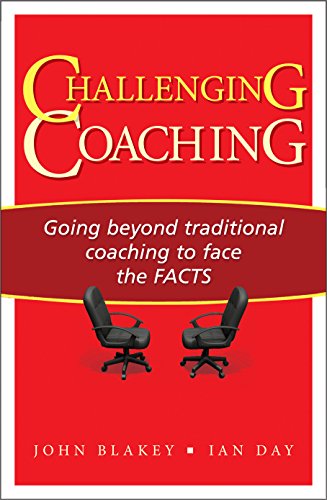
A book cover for Challenging Coaching: Going beyond traditional coaching to face the FACTS; John Blakey; Business & Money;